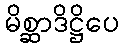
မိစ္ဆာဒိဋ္ဌိပေ